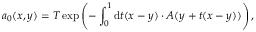
a _ { 0 } ( x , y ) = T \exp \left( - \int _ { 0 } ^ { 1 } \mathrm { d } t ( x - y ) \cdot A ( y + t ( x - y ) ) \right) ,